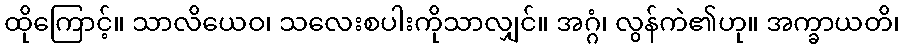
ထိုကြောင့်။ သာလိယေဝ၊ သလေးစပါးကိုသာလျှင်။ အဂ္ဂံ၊ လွန်ကဲ၏ဟု။ အက္ခာယတိ၊